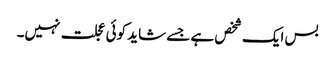
بس ایک شخص ہے جسے شاید کوئی عجلت نہیں۔